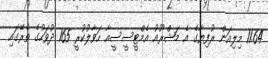
11.64 މިލިއަން ރުފިޔާގެ އެ މަޝްރޫއު އެމްޓީސީސީއާ ހަވާލުކުރީ 165 ދުވަހުގެ ތެރޭގައި